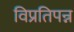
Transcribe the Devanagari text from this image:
विप्रतिपन्न